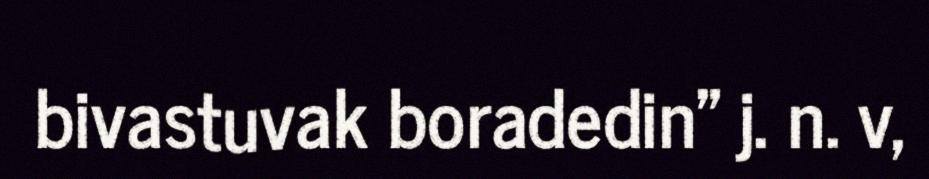
bivastuvak boradedin" j. n. v,